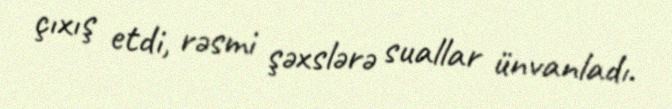
çıxış etdi, rəsmi şəxslərə suallar ünvanladı.